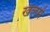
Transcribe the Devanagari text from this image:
खेलमें